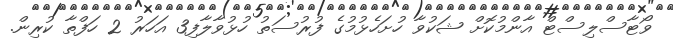
ވޯޓާސްލިސްޓް އާންމުކޮށް ޝަކުވާ ހުށަހެޅުމުގެ ފުރުސަތު ހުޅުވާލާފި3 އަހަރު 2 ހަފްތާ ކުރިން.